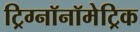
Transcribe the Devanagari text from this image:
ट्रिग्नॉनॉमेट्रिक